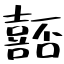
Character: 嚭